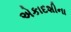
એકાદશીના